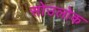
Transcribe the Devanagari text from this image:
सोउलोक